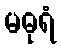
မဓုရံ